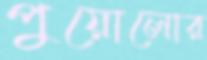
পুয়োলোর